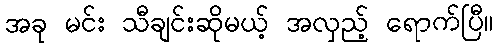
အခု မင်း သီချင်းဆိုမယ့် အလှည့် ရောက်ပြီ။